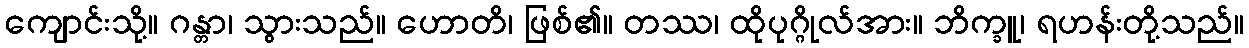
ကျောင်းသို့။ ဂန္တာ၊ သွားသည်။ ဟောတိ၊ ဖြစ်၏။ တဿ၊ ထိုပုဂ္ဂိုလ်အား။ ဘိက္ခူ၊ ရဟန်းတို့သည်။